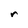
Character: r